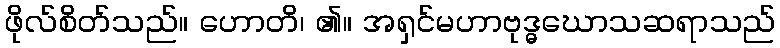
ဖိုလ်စိတ်သည်။ ဟောတိ၊ ၏။ အရှင်မဟာဗုဒ္ဓဃောသဆရာသည်